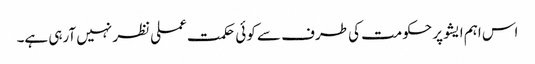
اس اہم ایشو پر حکومت کی طرف سے کوئی حکمت عملی نظر نہیں آرہی ہے۔